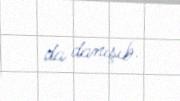
da danışıb.